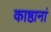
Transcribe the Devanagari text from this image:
काष्ठानां